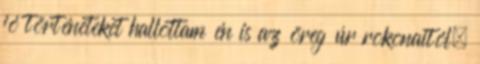
jó történeteket hallottam én is az öreg úr rokonaitól.